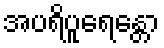
အပရိပူရေန္တော